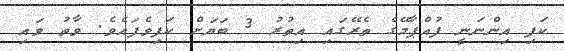
ކަފި އިންނަނީ ފުއްޕާމޭގެ ތެރޭގައި އިތުރު 3 ބަޔަށް ކަފިވެފައެވެ. ވާތު ވައި